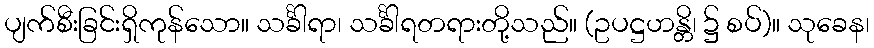
ပျက်စီးခြင်းရှိကုန်သော။ သင်္ခါရာ၊ သင်္ခါရတရားတို့သည်။ (ဥပဋ္ဌဟန္တိ၊ ၌ စပ်)။ သုခေန၊